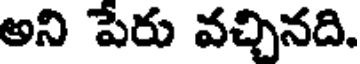
అని పేరు వచ్చినది.